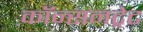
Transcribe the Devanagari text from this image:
कॉन्सनट्रेट